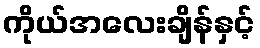
ကိုယ်အလေးချိန်နှင့်